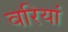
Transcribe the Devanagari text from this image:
वरियां